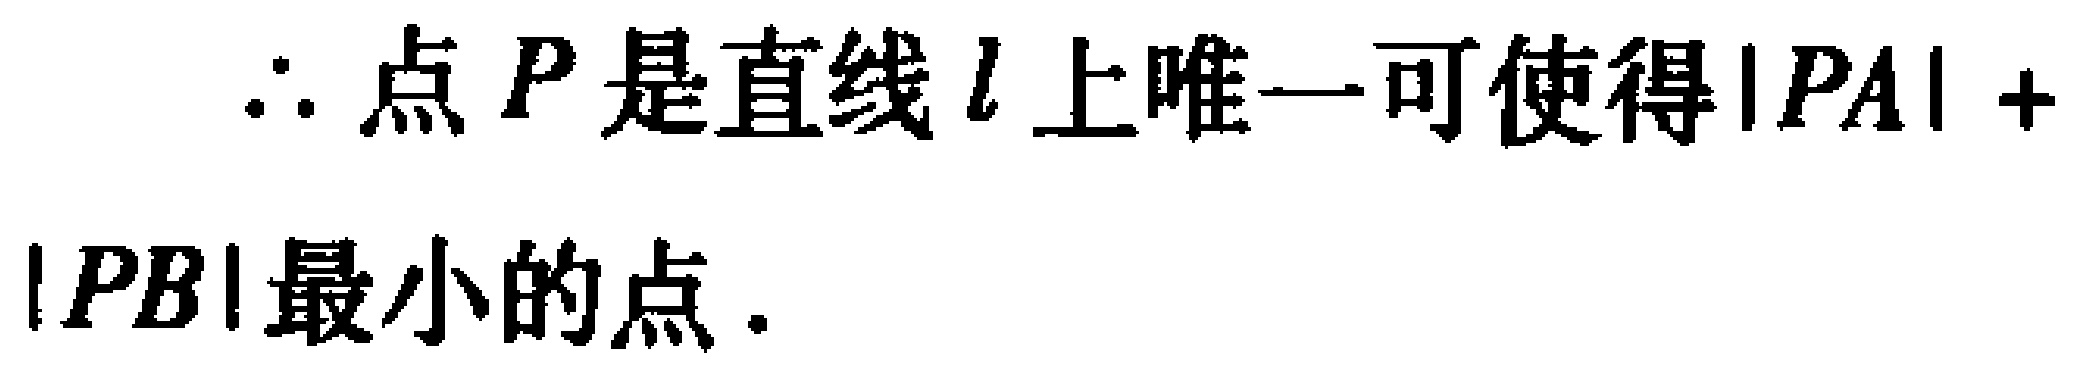
$\therefore$ 点 $P$ 是直线 $l$ 上唯一可使得$|PA| + |PB|$最小的点.